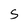
Character: S